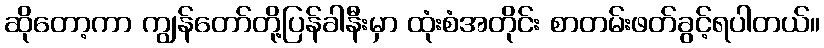
ဆိုတော့ကာ ကျွန်တော်တို့ပြန်ခါနီးမှာ ထုံးစံအတိုင်း စာတမ်းဖတ်ခွင့်ရပါတယ်။